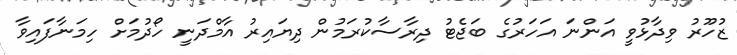
ޒުހޫރު ވިދާޅުވީ އަންނަ އަހަރުގެ ބަޖެޓު ދިރާސާކުރަމުން ދިޔައިރު އާމްދަނީ ހޯދުމަށް ހިމަނާފައިވާ